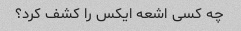
چه کسی اشعه ایکس را کشف کرد؟